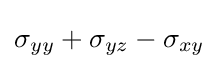
\sigma _{yy}+\sigma _{yz}-\sigma _{xy}